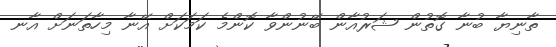
ތާނިޔާ ބުނާ ގޮތުން ޝަރުއާން ބޭނުންވާ ކޮންމެ ކަމަކަށް އޭނާ މިހާތަނަށް އާނ